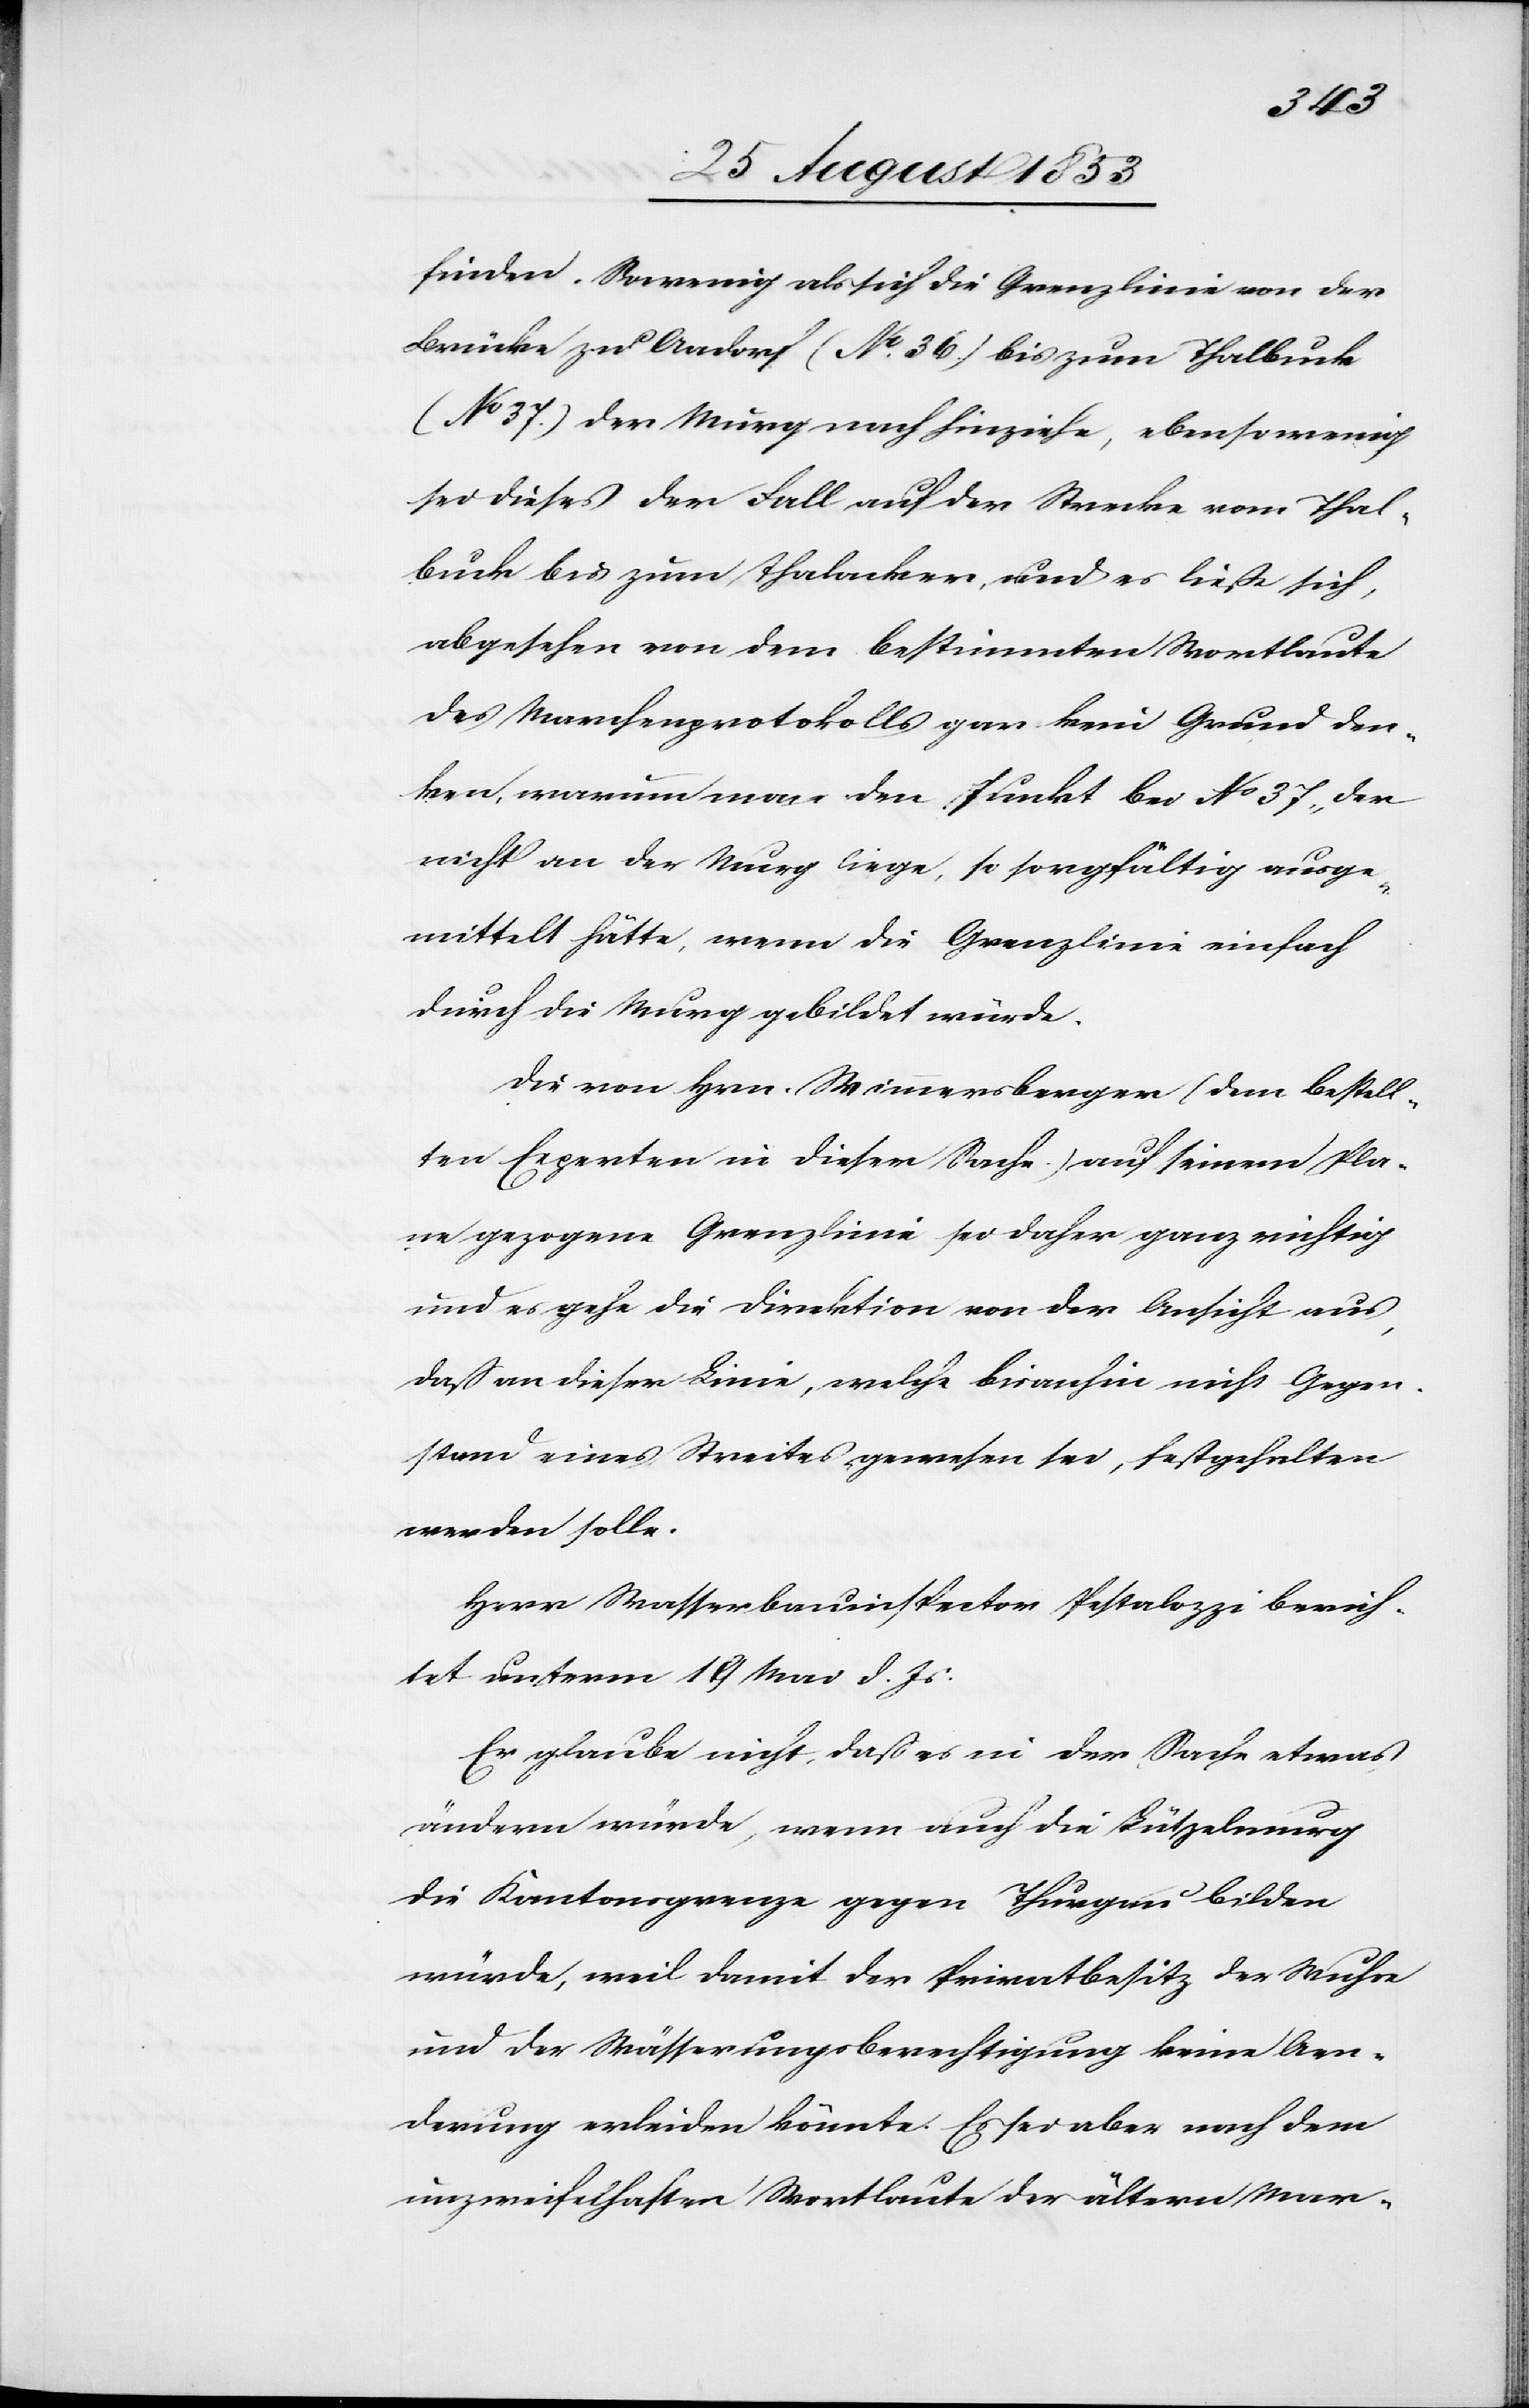
finden. So wenig als sich die Grenzlinie von der
Brücke zu Aadorf (N° 36) bis zum Thalbuck
37) der Murg nach hinziehe, ebensowenig
sei dieses der Fall auf der Strecke vom Thal¬
buck bis zum Thalacker, und es ließe sich,
abgesehen von dem bestimmten Wortlaute
des Marchenprotokolls gar kein Grund den¬
ken, warum man den Punkt bei N° 37, der
nicht an der Murg liege, so sorgfältig ausge¬
mittelt hätte, wenn die Grenzlinie einfach
durch die Murg gebildet würde.
Die von Hrn. Wimmersberger (dem bestell¬
ten Experten in dieser Sache) auf seinem Pla¬
ne gezogene Grenzlinie sei daher ganz richtig
und es gehe die Direktion von der Ansicht aus,
daß an dieser Linie, welche bisanhin nicht Gegen¬
stand eine Streites gewesen sei, festgehalten
werden solle.
Herr Wasserbauinspector Pestalozzi berich¬
tet unterm 19 Mai d. Js.:
Er glaube nicht, daß es in der Sache etwas
ändern würde, wenn auch die Lützelmurg
die Kantonsgrenze gegen Thurgau bilden
würde, weil damit der Privatbesitz der Wuhre
und der Wässerungsberechtigung keine Aen¬
derung erleiden könnte. Es sei aber nach dem
unzweifelhaften Wortlaute der ältern Mar-